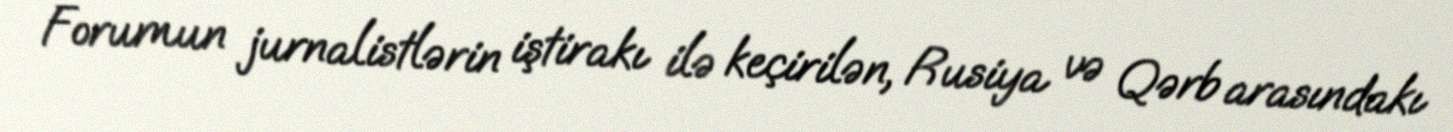
Forumun jurnalistlərin iştirakı ilə keçirilən, Rusiya və Qərb arasındakı